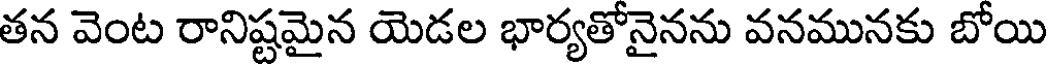
తన వెంట రానిష్టమైన యెడల భార్యతోనైనను వనమునకు బోయి